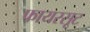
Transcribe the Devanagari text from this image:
फायरसूट